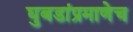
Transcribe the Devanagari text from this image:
घुबडांप्रमाणेच